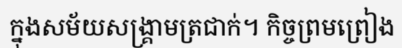
ក្នុងសម័យសង្គ្រាមត្រជាក់។ កិច្ចព្រមព្រៀង